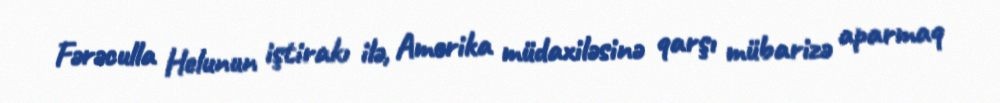
Fərəculla Helunun iştirakı ilə, Amerika müdaxiləsinə qarşı mübarizə aparmaq